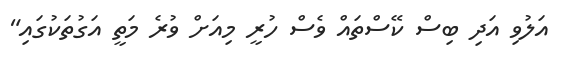
އަލުވި އަދި ބިސް ކޭސްތައް ވެސް ހުރީ މިއަށް ވުރެ މަތީ އަގުތަކުގައި"